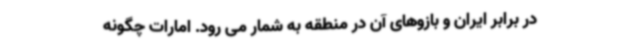
در برابر ایران و بازوهای آن در منطقه به شمار می رود. امارات چگونه